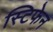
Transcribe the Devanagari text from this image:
स्टिफेन